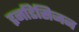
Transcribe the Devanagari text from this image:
इनडिसिजन